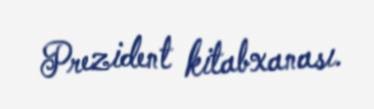
Prezident kitabxanası.